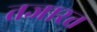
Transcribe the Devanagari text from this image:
तजारत